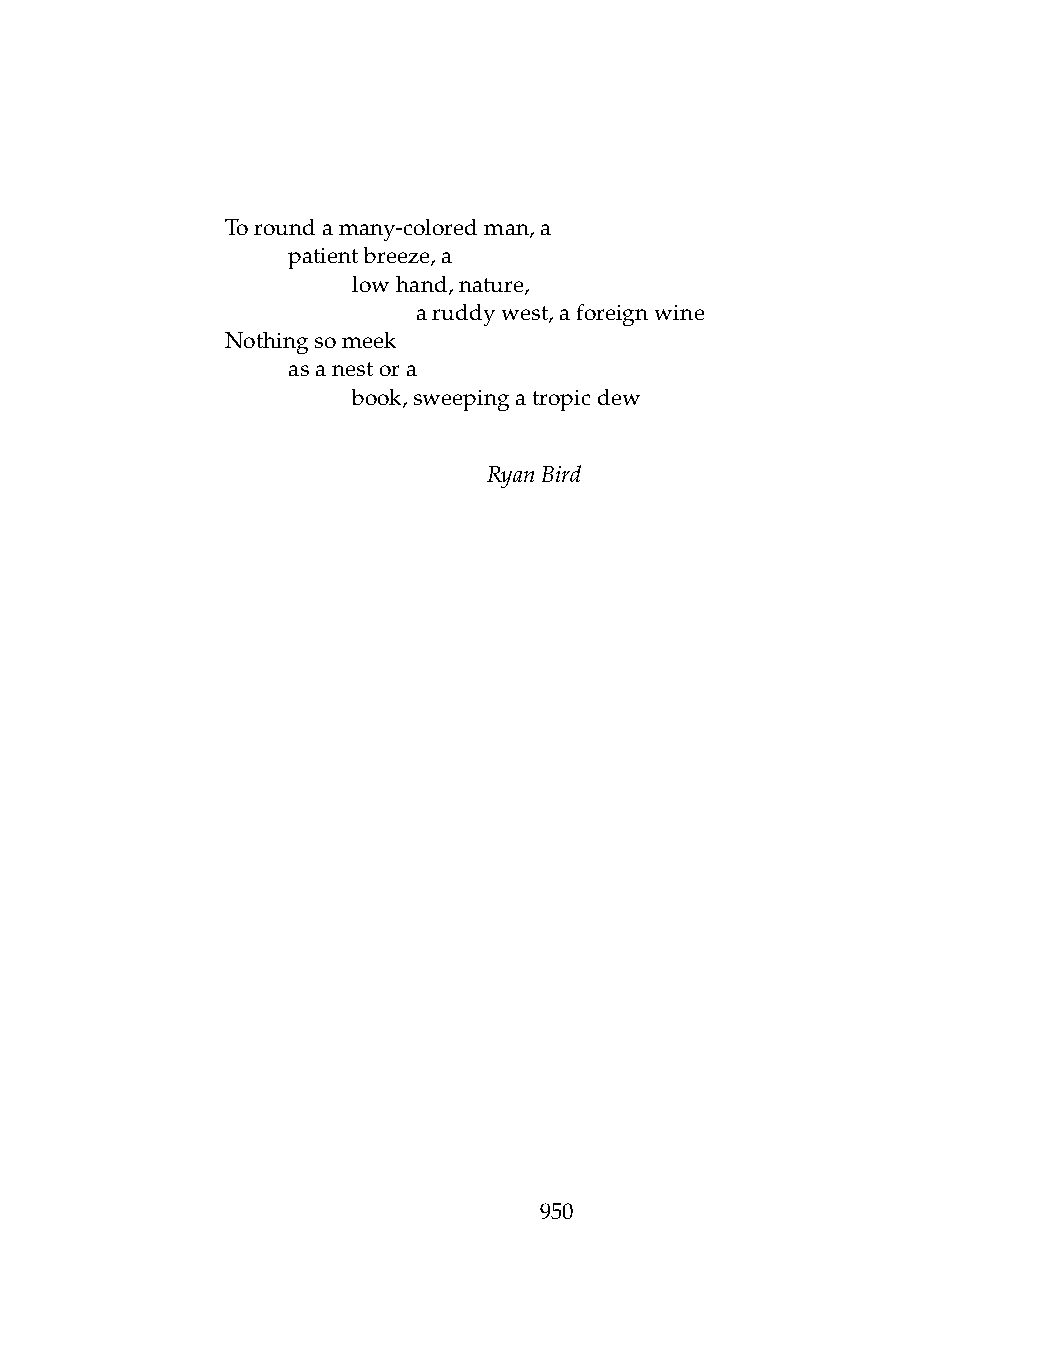
Toroundamany-coloredman,a
 .   patientbreeze,a
 .   .   lowhand,nature,
 .   .   .    aruddywest,aforeignwine
 Nothingsomeek
 .   asanestora
 .   .   book,sweepingatropicdew
 RyanBird
 950